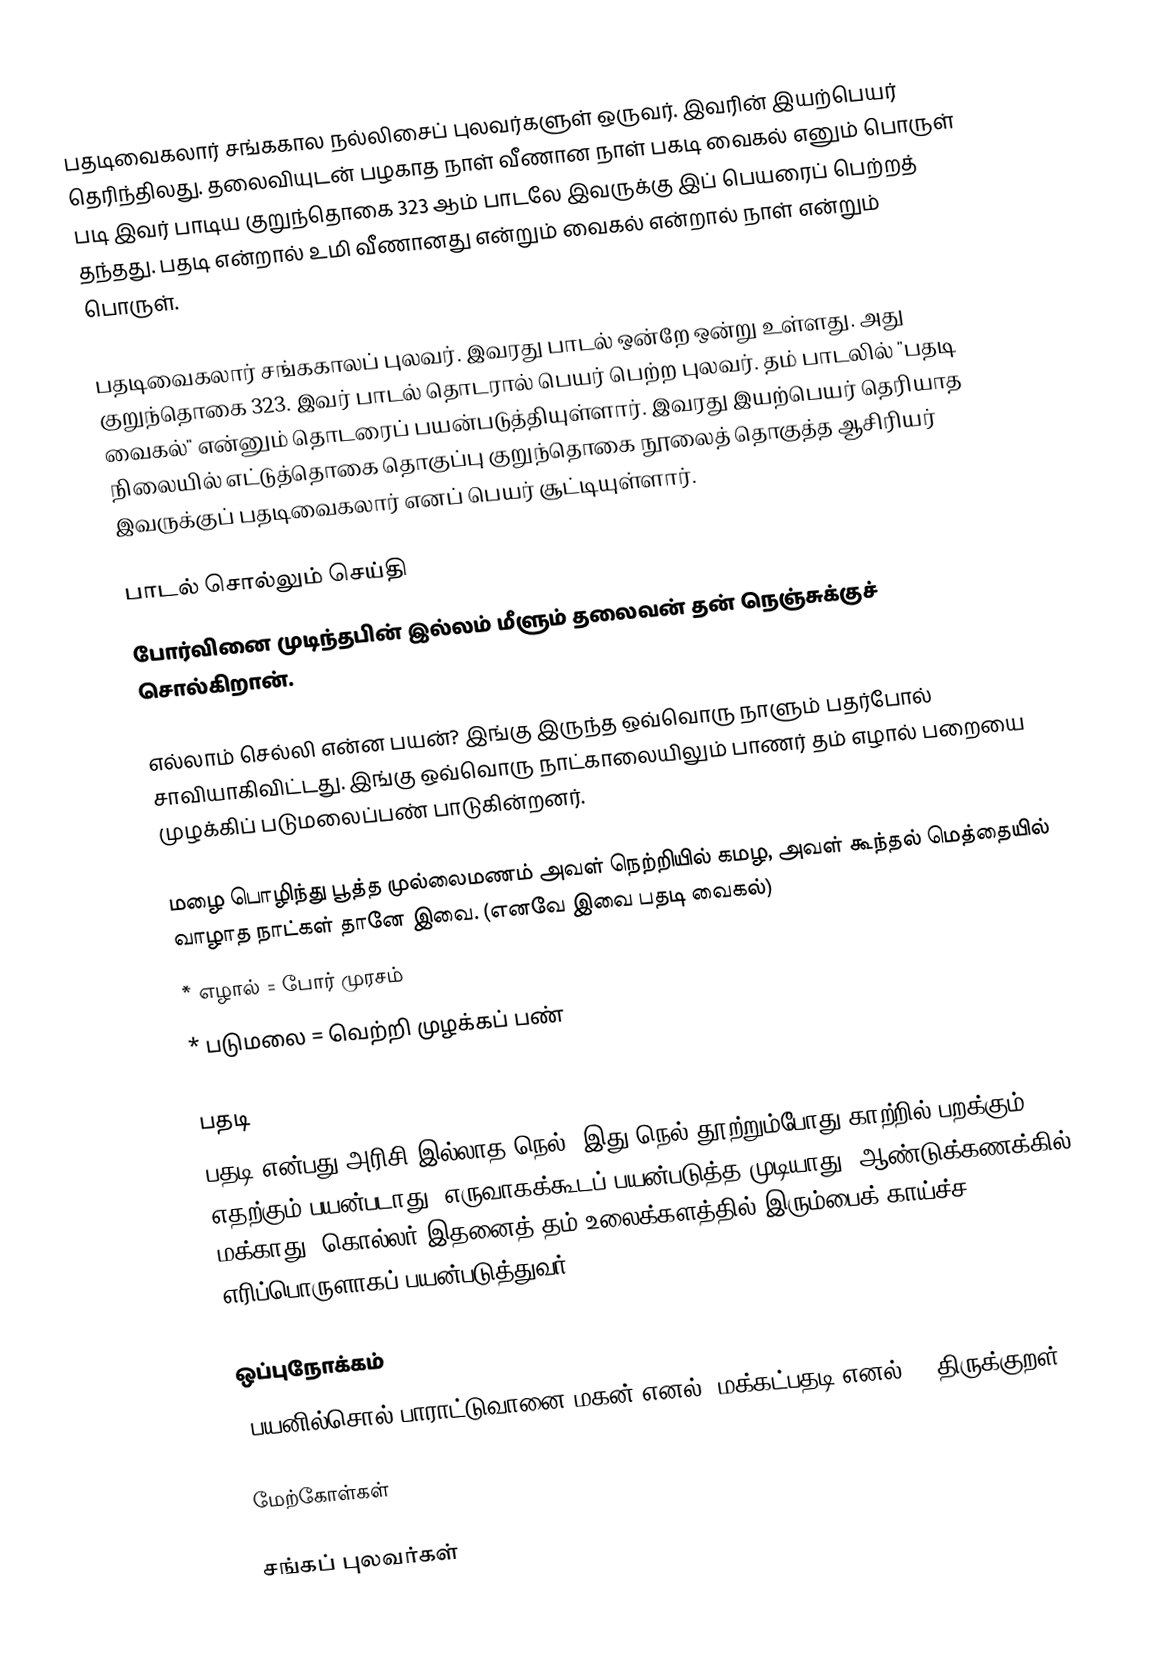
பதடிவைகலார் சங்ககால நல்லிசைப் புலவர்களுள் ஒருவர்.  இவரின் இயற்பெயர் தெரிந்திலது. தலைவியுடன் பழகாத நாள் வீணான நாள் பகடி வைகல் எனும் பொருள் படி இவர் பாடிய குறுந்தொகை 323 ஆம் பாடலே இவருக்கு இப் பெயரைப் பெற்றத் தந்தது. பதடி என்றால் உமி வீணானது என்றும் வைகல் என்றால் நாள் என்றும் பொருள்.

பதடிவைகலார் சங்ககாலப் புலவர்.  இவரது பாடல் ஒன்றே ஒன்று உள்ளது. அது குறுந்தொகை 323.  இவர் பாடல் தொடரால் பெயர் பெற்ற புலவர்.  தம் பாடலில் "பதடி வைகல்" என்னும் தொடரைப் பயன்படுத்தியுள்ளார்.  இவரது இயற்பெயர் தெரியாத நிலையில் எட்டுத்தொகை தொகுப்பு குறுந்தொகை நூலைத் தொகுத்த ஆசிரியர் இவருக்குப் பதடிவைகலார் எனப் பெயர் சூட்டியுள்ளார்.

பாடல் சொல்லும் செய்தி
போர்வினை முடிந்தபின் இல்லம் மீளும் தலைவன் தன் நெஞ்சுக்குச் சொல்கிறான்.

எல்லாம் செல்லி என்ன பயன்? இங்கு இருந்த ஒவ்வொரு நாளும் பதர்போல் சாவியாகிவிட்டது.  இங்கு ஒவ்வொரு நாட்காலையிலும் பாணர் தம் எழால் பறையை முழக்கிப் படுமலைப்பண் பாடுகின்றனர்.

மழை பொழிந்து பூத்த முல்லைமணம் அவள் நெற்றியில் கமழ, அவள் கூந்தல் மெத்தையில் வாழாத நாட்கள் தானே இவை.  (எனவே இவை பதடி வைகல்)
* எழால் = போர் முரசம்
* படுமலை = வெற்றி முழக்கப் பண்

பதடி
பதடி என்பது அரிசி இல்லாத நெல், இது நெல் தூற்றும்போது காற்றில் பறக்கும்.  எதற்கும் பயன்படாது.  எருவாகக்கூடப் பயன்படுத்த முடியாது. ஆண்டுக்கணக்கில் மக்காது. கொல்லர் இதனைத் தம் உலைக்களத்தில் இரும்பைக் காய்ச்ச எரிப்பொருளாகப் பயன்படுத்துவர்.

ஒப்புநோக்கம்
"பயனில்சொல் பாராட்டுவானை மகன் எனல், மக்கட்பதடி எனல்" - திருக்குறள்.

மேற்கோள்கள்

சங்கப் புலவர்கள்